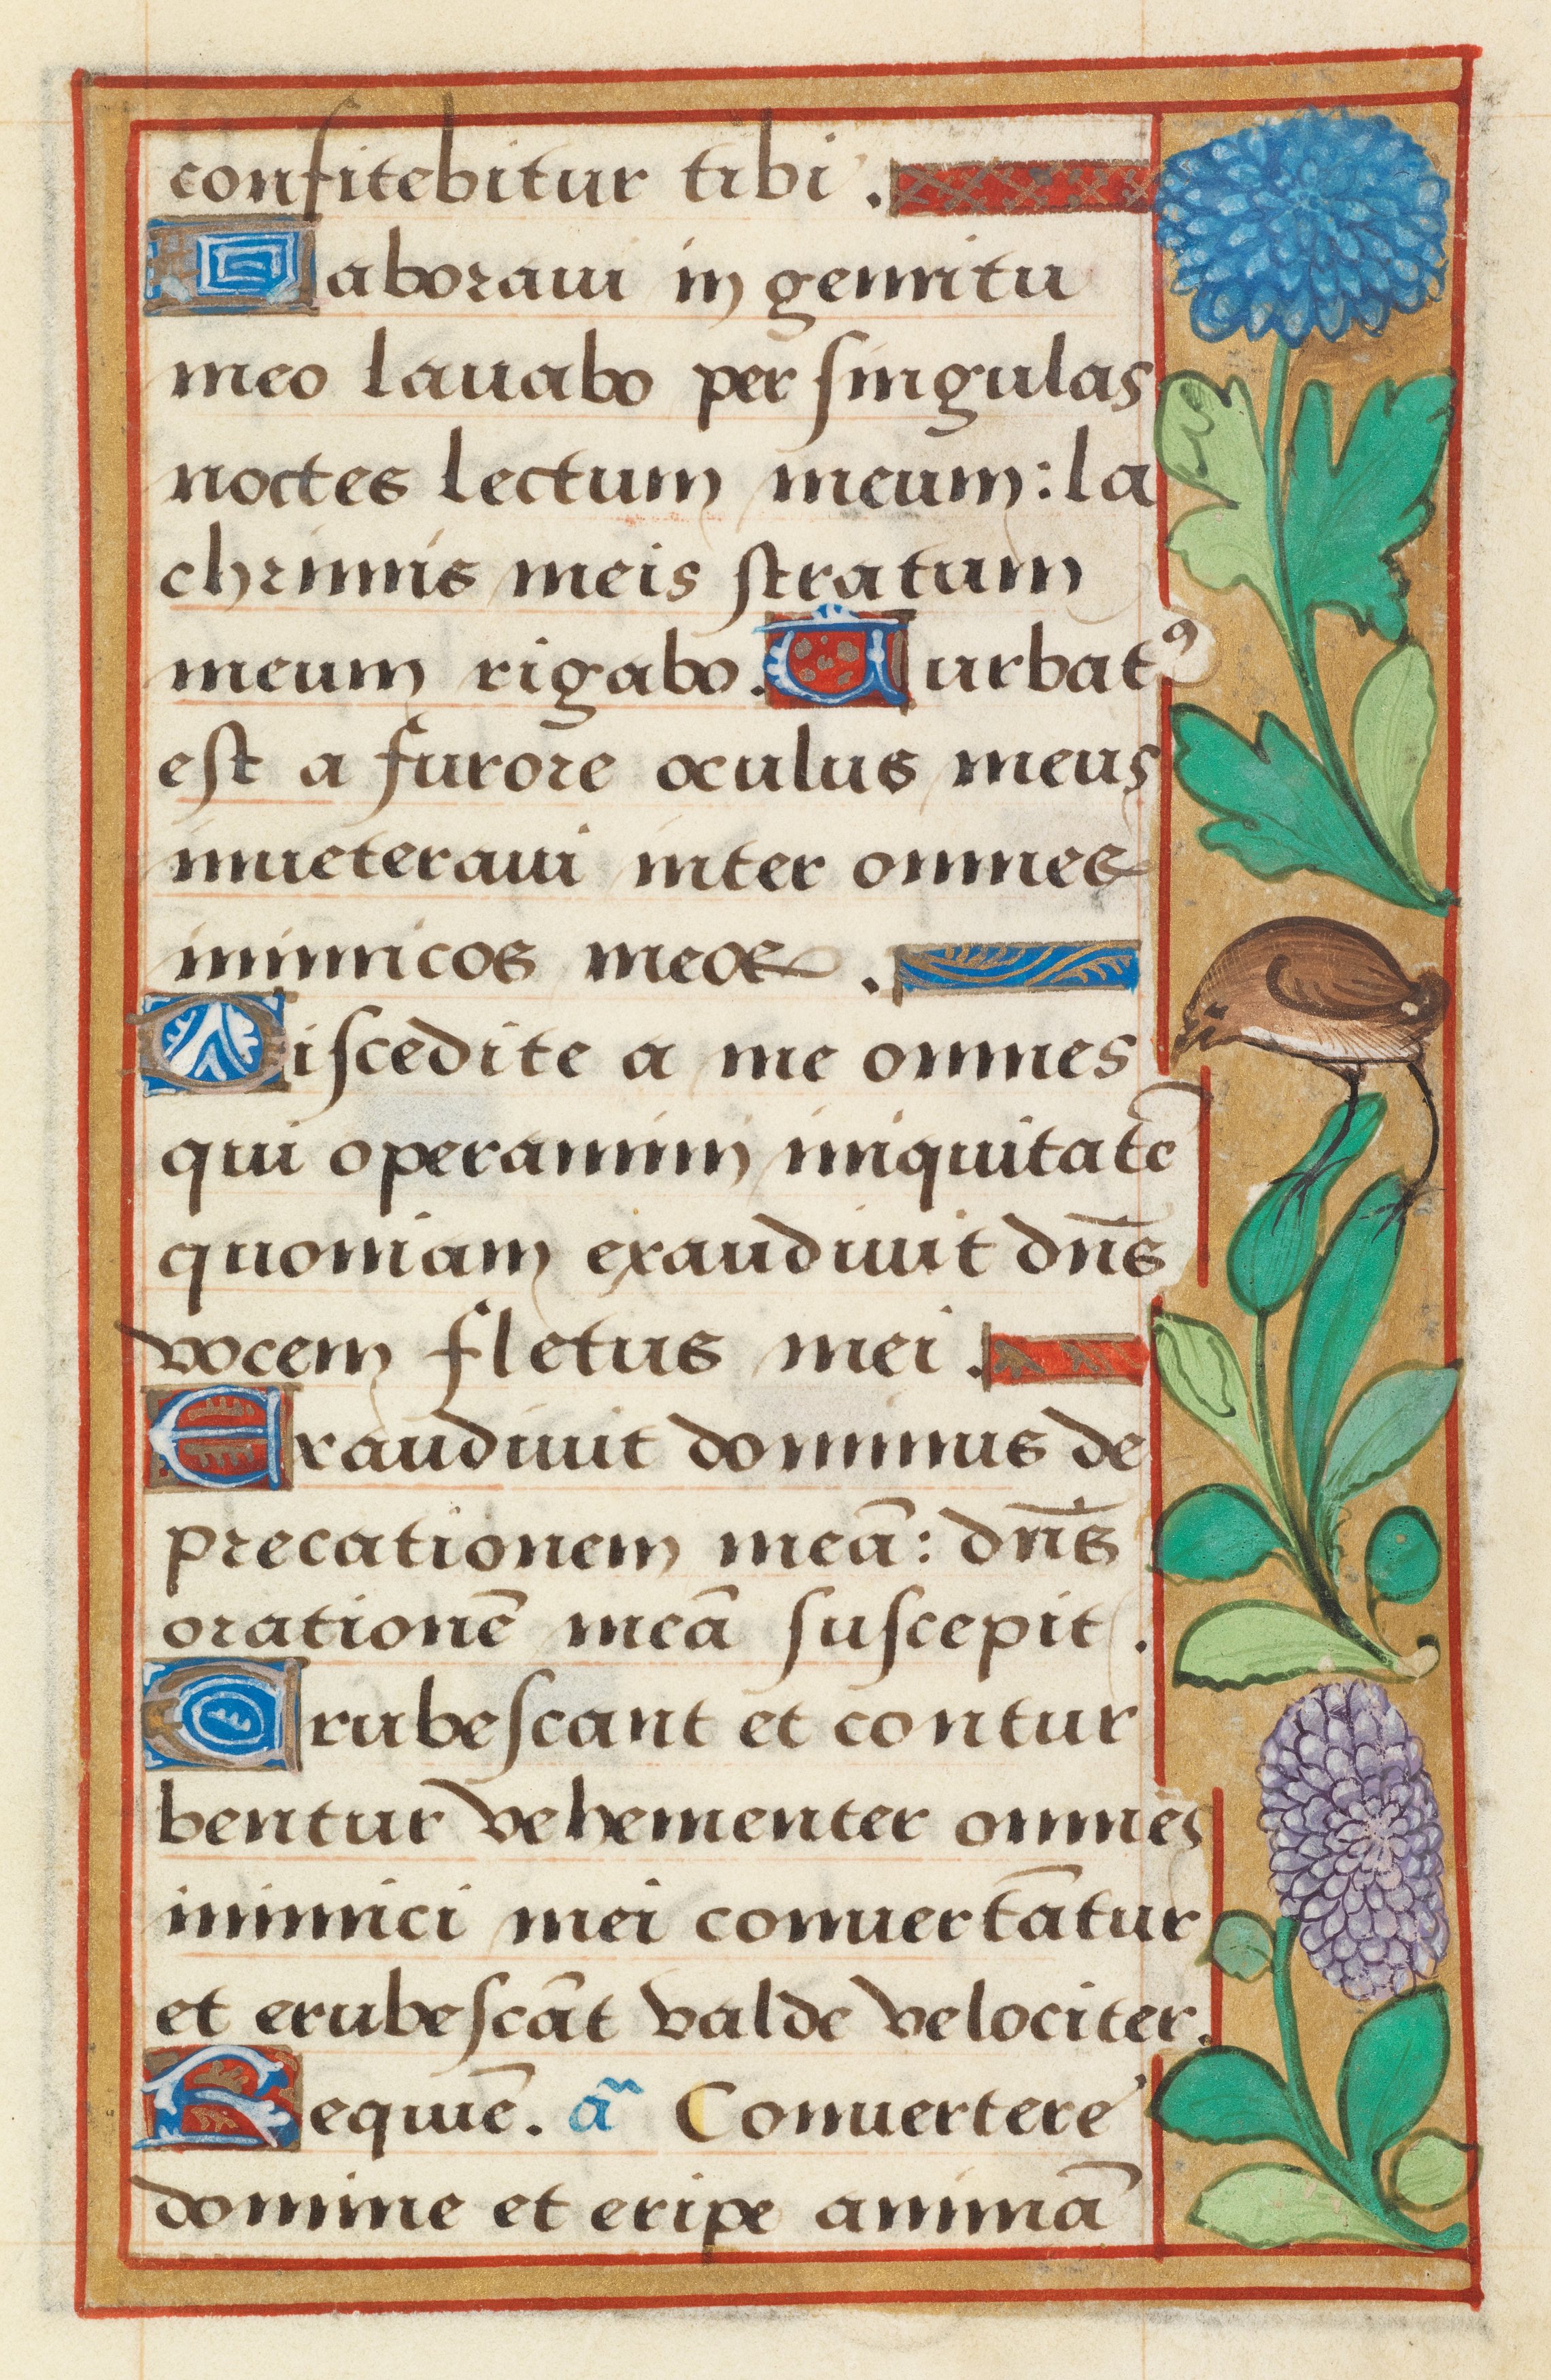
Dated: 1524–1524